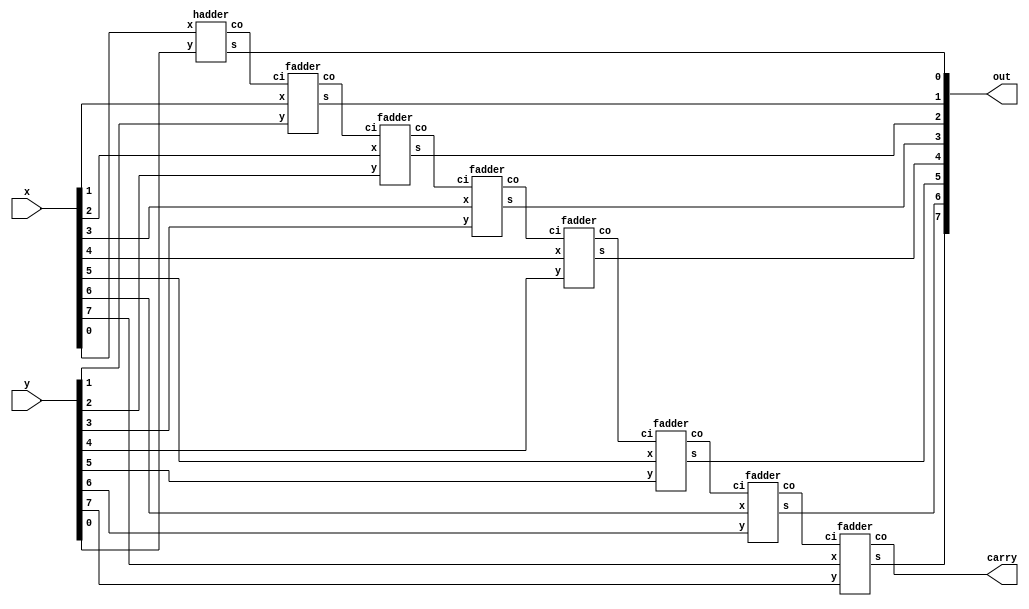
module adder_gate(x, y, carry, out);
input [7:0] x, y;
output carry;
output [7:0] out;

/*Write your code here*/
wire [6:0] cc;
hadder h0(x[0],y[0],cc[0],out[0]);
fadder f1(x[1],y[1],cc[0],cc[1],out[1]);
fadder f2(x[2],y[2],cc[1],cc[2],out[2]);
fadder f3(x[3],y[3],cc[2],cc[3],out[3]);
fadder f4(x[4],y[4],cc[3],cc[4],out[4]);
fadder f5(x[5],y[5],cc[4],cc[5],out[5]);
fadder f6(x[6],y[6],cc[5],cc[6],out[6]);
fadder f7(x[7],y[7],cc[6],carry,out[7]);

/*End of code*/

endmodule


module fadder(x, y, ci, co, s);
input x,y,ci;
output co,s;
wire [2:0] temp;
and #1 and1(temp[0],x,y);
and #1 and2(temp[1],x,ci);
and #1 and3(temp[2],y,ci);
or #1 or1(co,temp[0],temp[1],temp[2]);
xor #1 xor1(s,x,y,ci);
endmodule

module hadder(x, y, co, s);
input x,y;
output co,s;
and #1 and1(co,x,y);
xor #1 xor1(s,x,y);

endmodule